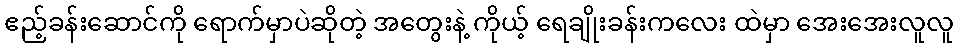
ဧည့်ခန်းဆောင်ကို ရောက်မှာပဲဆိုတဲ့ အတွေးနဲ့ ကိုယ့် ရေချိုးခန်းကလေး ထဲမှာ အေးအေးလူလူ